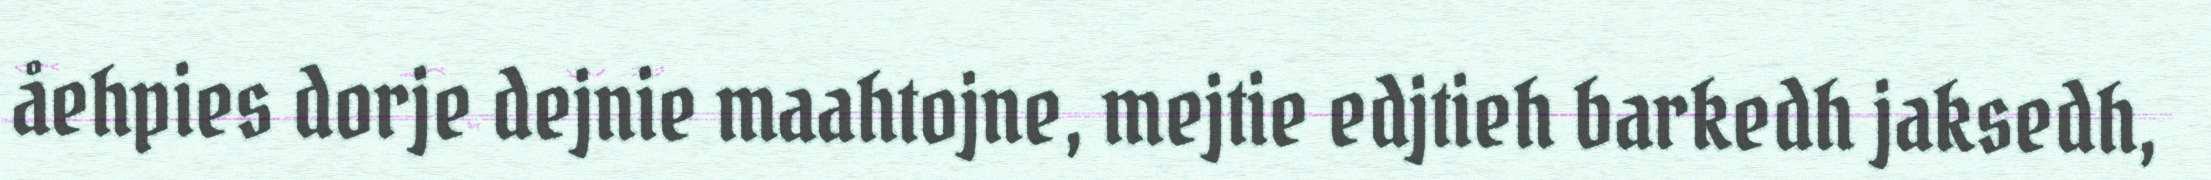
åehpies dorje dejnie maahtojne, mejtie edjtieh barkedh jaksedh,